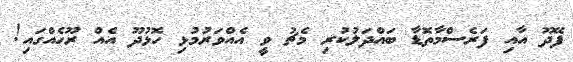
ފޭދޫ އާއި ފަރެސްމާތޮޑާ ބައްދަލުކުރި މެޗު ވީ އެއްވަރުމުޅި ހޮޅުދޫ އެއް ރޫހެއްގައި!